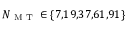
N _ { \mathrm { ~ M ~ T ~ } } \in \{ 7 , \! 1 9 , \! 3 7 , \! 6 1 , \! 9 1 \}